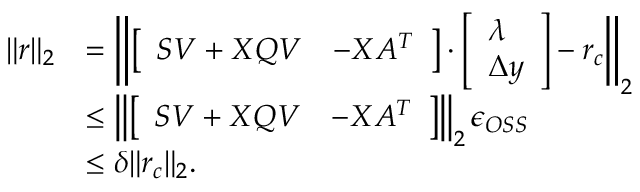
\begin{array} { r l } { \| r \| _ { 2 } } & { = \left\| \left[ \begin{array} { l l } { S V + X Q V } & { - X A ^ { T } } \end{array} \right] \cdot \left[ \begin{array} { l } { \lambda } \\ { \Delta y } \end{array} \right] - r _ { c } \right\| _ { 2 } } \\ & { \leq \left\| \left[ \begin{array} { l l } { S V + X Q V } & { - X A ^ { T } } \end{array} \right] \right\| _ { 2 } \epsilon _ { O S S } } \\ & { \leq \delta \| r _ { c } \| _ { 2 } . } \end{array}